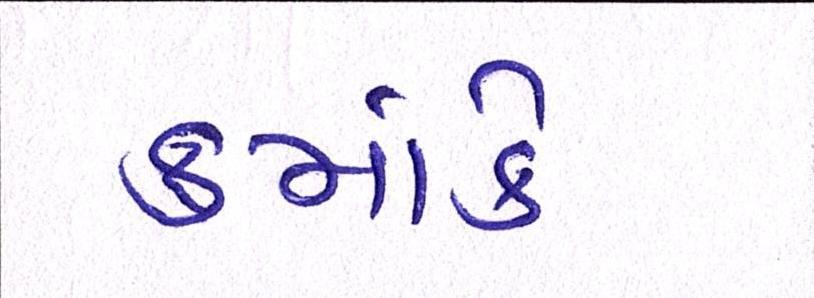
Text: ક્રમાંકે